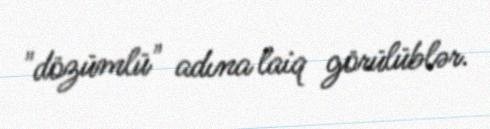
"dözümlü" adına laiq görülüblər.